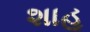
શાહૂ